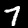
Digit: 7